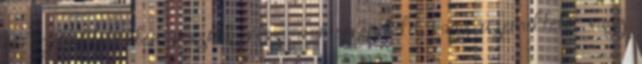
és üzemeltetésében vesznek rész: a megrendelõ, vagy üzemeltetõ, vagy